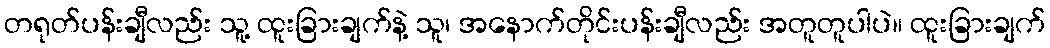
တရုတ်ပန်းချီလည်း သူ့ ထူးခြားချက်နဲ့ သူ၊ အနောက်တိုင်းပန်းချီလည်း အတူတူပါပဲ။ ထူးခြားချက်